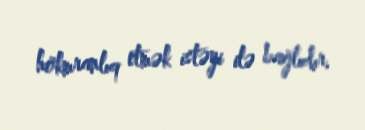
hökmranlıq etmək istəyi ilə bağlıdır.